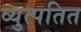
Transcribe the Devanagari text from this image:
व्युत्पतित